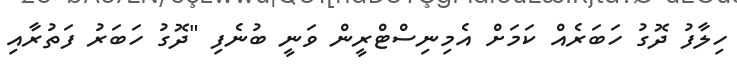
ހިލާފު ދޮގު ހަބަރެއް ކަމަށް އެމިނިސްޓްރީން ވަނީ ބުނެފި "ދޮގު ހަބަރު ފަތުރާއި